Rangoon Lunatic Asylum 1878-1892 - 1878-1892
Year: 1878
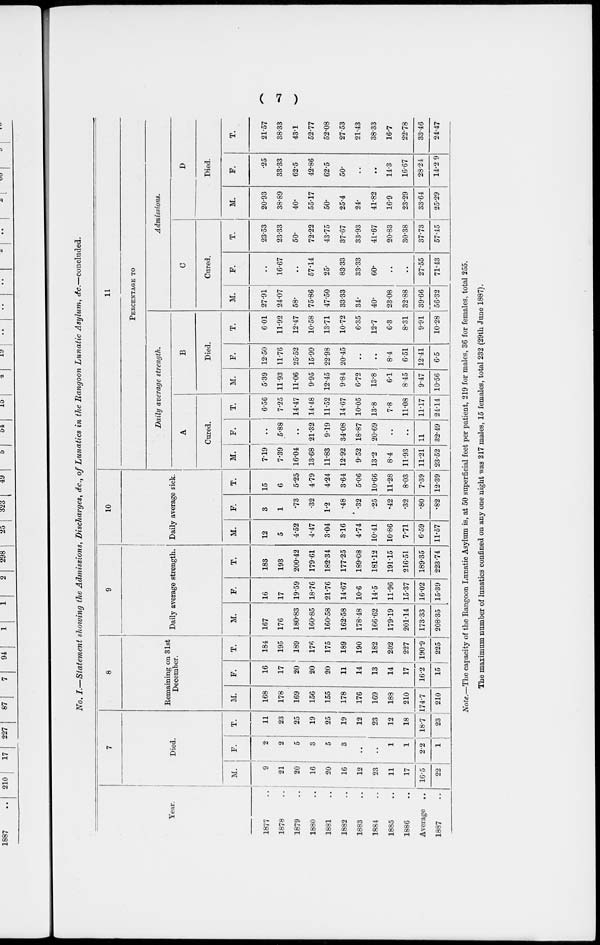
( 7 )
No. I.—Statement showing the Admissions, Discharges, &c., of Lunatics in the Rangoon Lunatic Asylum, &c.—concluded.
Year.
1877 ..
1878 ..
1879 ..
1880 ..
1881 ..
1882 ..
1883 ..
1884 ..
1885
..
1886
..
Average ..
1887
7
Died.
M.
9
21
20
16
20
16
12
23
11
17
16.5
22
F.
2
2
5
3
5
3
..
..
1
1
2.2
1
T.
11
23
25
19
25
19
12
23
12
18
18.7
23
8
Remaining on 31st
December.
M.
168
178
169
156
155
178
176
169
188
210
174.7
210
F.
16
17
20
20
20
11
14
13
14
17
16.2
15
T.
184
195
189
176
175
189
190
182
202
227
190.9
225
9
Daily average strength.
M.
167
176
180.83
160.85
160.58
162.58
178.48
166.62
179.19
201.14
173.33
208.35
F.
16
17
19.59
18.76
21.76
14.67
10.6
14.5
11.96
15.37
16.02
15.39
T.
183
193
200.42
179.61
182.34
177.25
189.08
181.12
191.15
216.51
189.35
223.74
10
Daily average sick.
M.
12
5
4.52
4.47
3.04
3.16
4.74
10.41
10.86
7.71
6.59
11.57
F.
3
1
.73
.32
1.2
.48
.32
.25
.42
.32
.80
.82
T.
15
6
5.25
4.79
4.24
3.64
5.06
10.66
11.28
8.03
7.39
12.39
11
PERCENTAGE TO
Daily average strength.
A
Cured.
M.
7.19
7.39
16.04
13.68
11.83
12.92
9.52
13.2
8.4
11.93
11.21
23.52
F.
..
5.88
..
21.32
9.19
34.08
18.87
20.69
..
..
11
32.49
T.
6.56
7.25
14.47
14.48
11.52
14.67
10.05
13.8
7.8
11.08
11.17
24.14
B
Died.
M.
5.39
11.93
11.06
9.95
12.45
9.84
6.72
13.8
6.1
8.45
9.47
10.56
F.
12.50
11.76
25.52
15.99
22.98
20.45
..
..
8.4
6.51
12.41
6.5
T.
6.01
11.92
12.47
10.58
13.71
10.72
6.35
12.7
6.3
8.31
9.91
10.28
Admissions.
C
Cured.
M.
27.91
24.07
58.
75.86
47.50
33.33
34.
40.
23.08
32.88
39.66
56.32
F.
..
16.67
..
57.14
25.
83.33
33.33
60.
..
..
27.55
71.43
T.
23.53
23.33
50.
72.22
43.75
37.67
33.93
41.67
20.83
30.38
37.73
57.45
D
Died.
M.
20.93
38.89
40.
55.17
50.
25.4
24.
41.82
16.9
23.29
33.64
25.29
F.
.25
33.33
62.5
42.86
62.5
50.
..
..
14.3
16.67
28.24
14.2 9
T.
21.57
38.33
43.1
52.77
52.08
27.53
21.43
38.33
16.7
22.78
33.46
24.47
Note.—The capacity of the Rangoon Lunatic Asylum is, at 50 superficial feet per patient, 219 for males, 36 for females, total 255.
The maximum number of lunatics confined on any one night was 217 males, 15 females, total 232 (29th June 1887).